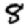
Digit: 8